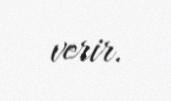
verir.